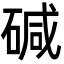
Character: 碱